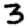
Digit: 3